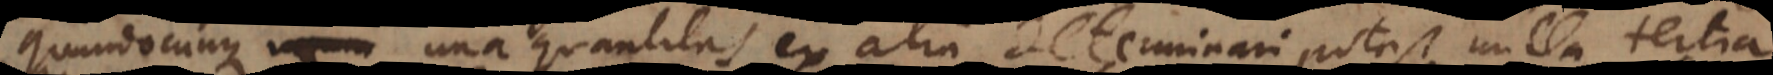
Quandocunque una quantitas ex alia determinari potest nulla tertia